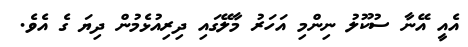
އެއީ އޭނާ ސުކޫލު ނިންމި އަހަރު މާލޭގައި ދިރިއުޅެމުން ދިޔަ ގެ އެވެ.